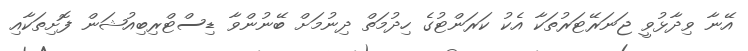
އޭނާ ވިދާޅުވީ ޖަނަރޭޓަރުތަކާ އެކު ކަރަންޓުގެ ހިދުމަތް ދިނުމަށް ބޭނުންވާ ޑިސްޓްރިބިއުޝަން ފޮށިތަކާއި